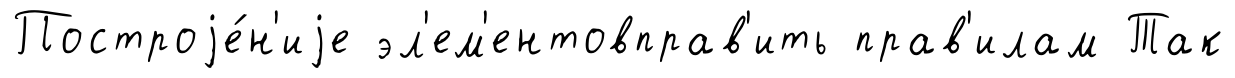
Построjе́н'иjе эл'ем'ентовправ'ить прав'илам Так